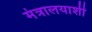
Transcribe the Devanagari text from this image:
मंत्रालयाशी